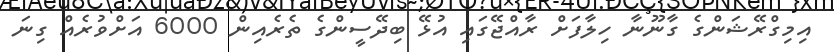
އިމިގްރޭޝަންގެ ގާނޫނާ ހިލާފަށް ރާއްޖޭގަައި އުޅޭ ބިދޭސީންގެ ތެރެއިން 6000 އަށްވުރެއް ގިނަ